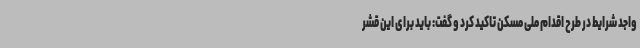
واجد شرایط در طرح اقدام ملی مسکن تاکید کرد و گفت: باید برای این قشر